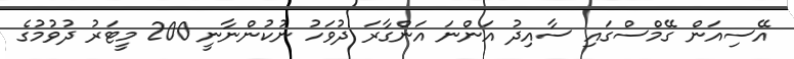
އޭސިއަން ގޭމްސްގައި ސާއިދު އަންނަ އަންގާރަ ދުވަހު ނުކުންނާނީ 200 މީޓަރު ދުވުމުގެ